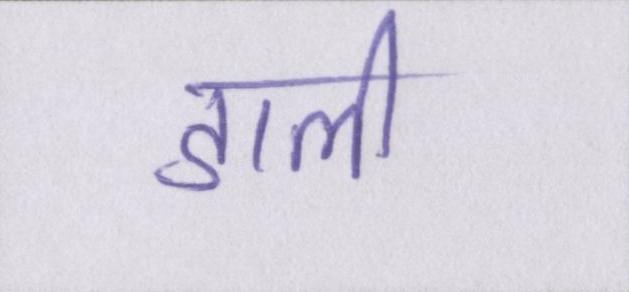
डाली